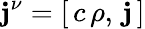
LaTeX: \mathbf{j}^{\nu}=\left[\, c\, \rho,\, \mathbf{{\mathbf{j}}}\, \right]